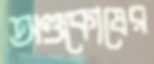
অণ্ডকোষের